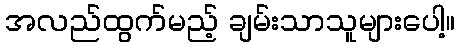
အလည်ထွက်မည့် ချမ်းသာသူများပေါ့။